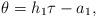
LaTeX: \begin{align*}&\theta=h_1\tau-a_1,\end{align*}